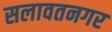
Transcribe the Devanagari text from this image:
सलावतनगर